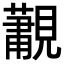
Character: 𮗛